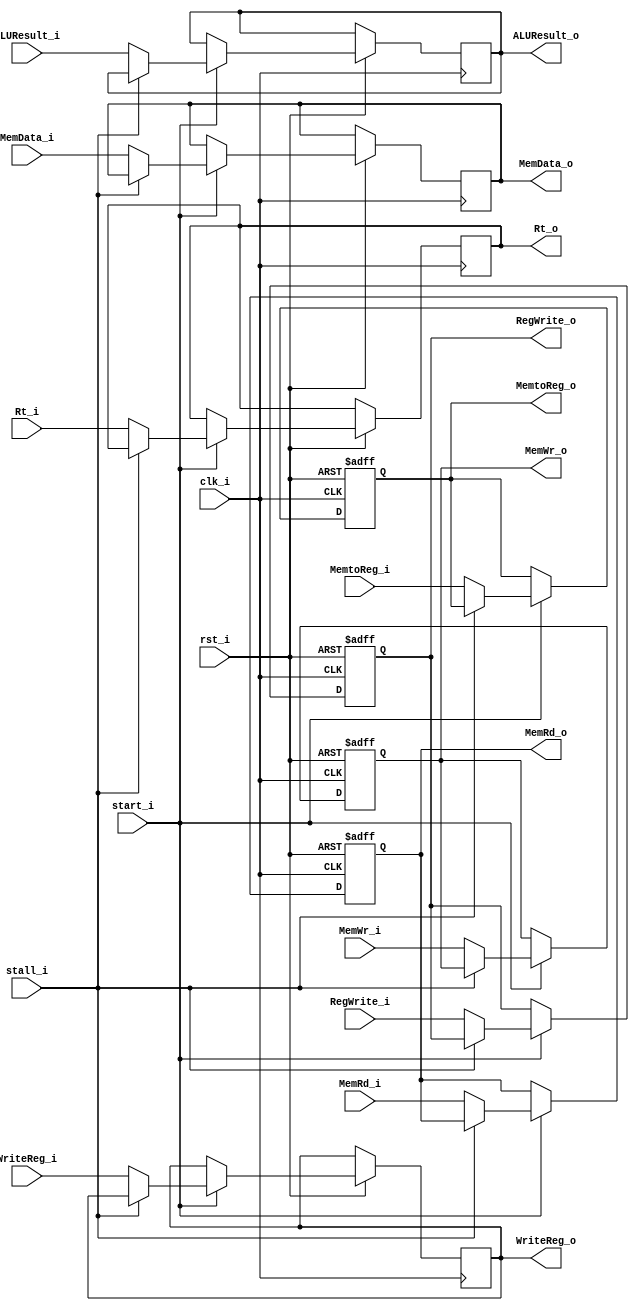
module EX_MEM (
    clk_i, start_i, rst_i, stall_i, 

    MemRd_i, MemWr_i, MemtoReg_i, RegWrite_i, ALUResult_i, MemData_i, WriteReg_i, Rt_i,
    
    MemRd_o, MemWr_o, MemtoReg_o, RegWrite_o, ALUResult_o, MemData_o, WriteReg_o, Rt_o
);

input           clk_i, start_i, rst_i, stall_i; 

input           MemRd_i, MemWr_i, MemtoReg_i, RegWrite_i;
input  [31:0]   ALUResult_i, MemData_i;
input  [4:0]    WriteReg_i, Rt_i;

output          MemRd_o, MemWr_o, MemtoReg_o, RegWrite_o;
output [31:0]   ALUResult_o, MemData_o;
output [4:0]    WriteReg_o, Rt_o;

reg             MemRd  , MemWr  , MemtoReg  , RegWrite  ; 
reg    [31:0]   ALUResult  , MemData  ;
reg    [4:0]    WriteReg  , Rt  ;

assign MemRd_o = MemRd;
assign MemWr_o = MemWr;
assign MemtoReg_o = MemtoReg;
assign RegWrite_o = RegWrite;
assign ALUResult_o = ALUResult;
assign MemData_o = MemData;
assign WriteReg_o = WriteReg;
assign Rt_o = Rt;

always @(posedge clk_i or negedge rst_i) begin
    if (~rst_i) begin
        MemRd = 1'b0;
        MemWr = 1'b0;
        MemtoReg = 1'b0;
        RegWrite = 1'b0;
    end
    else if (start_i) begin
        if (~stall_i) begin
            MemRd <= MemRd_i;
            MemWr <= MemWr_i;
            MemtoReg <= MemtoReg_i;
            RegWrite <= RegWrite_i;
            ALUResult <= ALUResult_i;
            Rt <= Rt_i;
            WriteReg <= WriteReg_i;
            MemData <= MemData_i;
        end
    end
end

endmodule